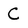
Character: C